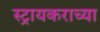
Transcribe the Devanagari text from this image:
स्ट्रायकराच्या